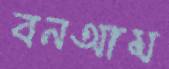
বনআম